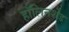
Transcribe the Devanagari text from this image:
हॉलिनशेड